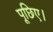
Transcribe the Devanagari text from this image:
पूछिए।